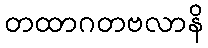
တထာဂတဗလာနိ